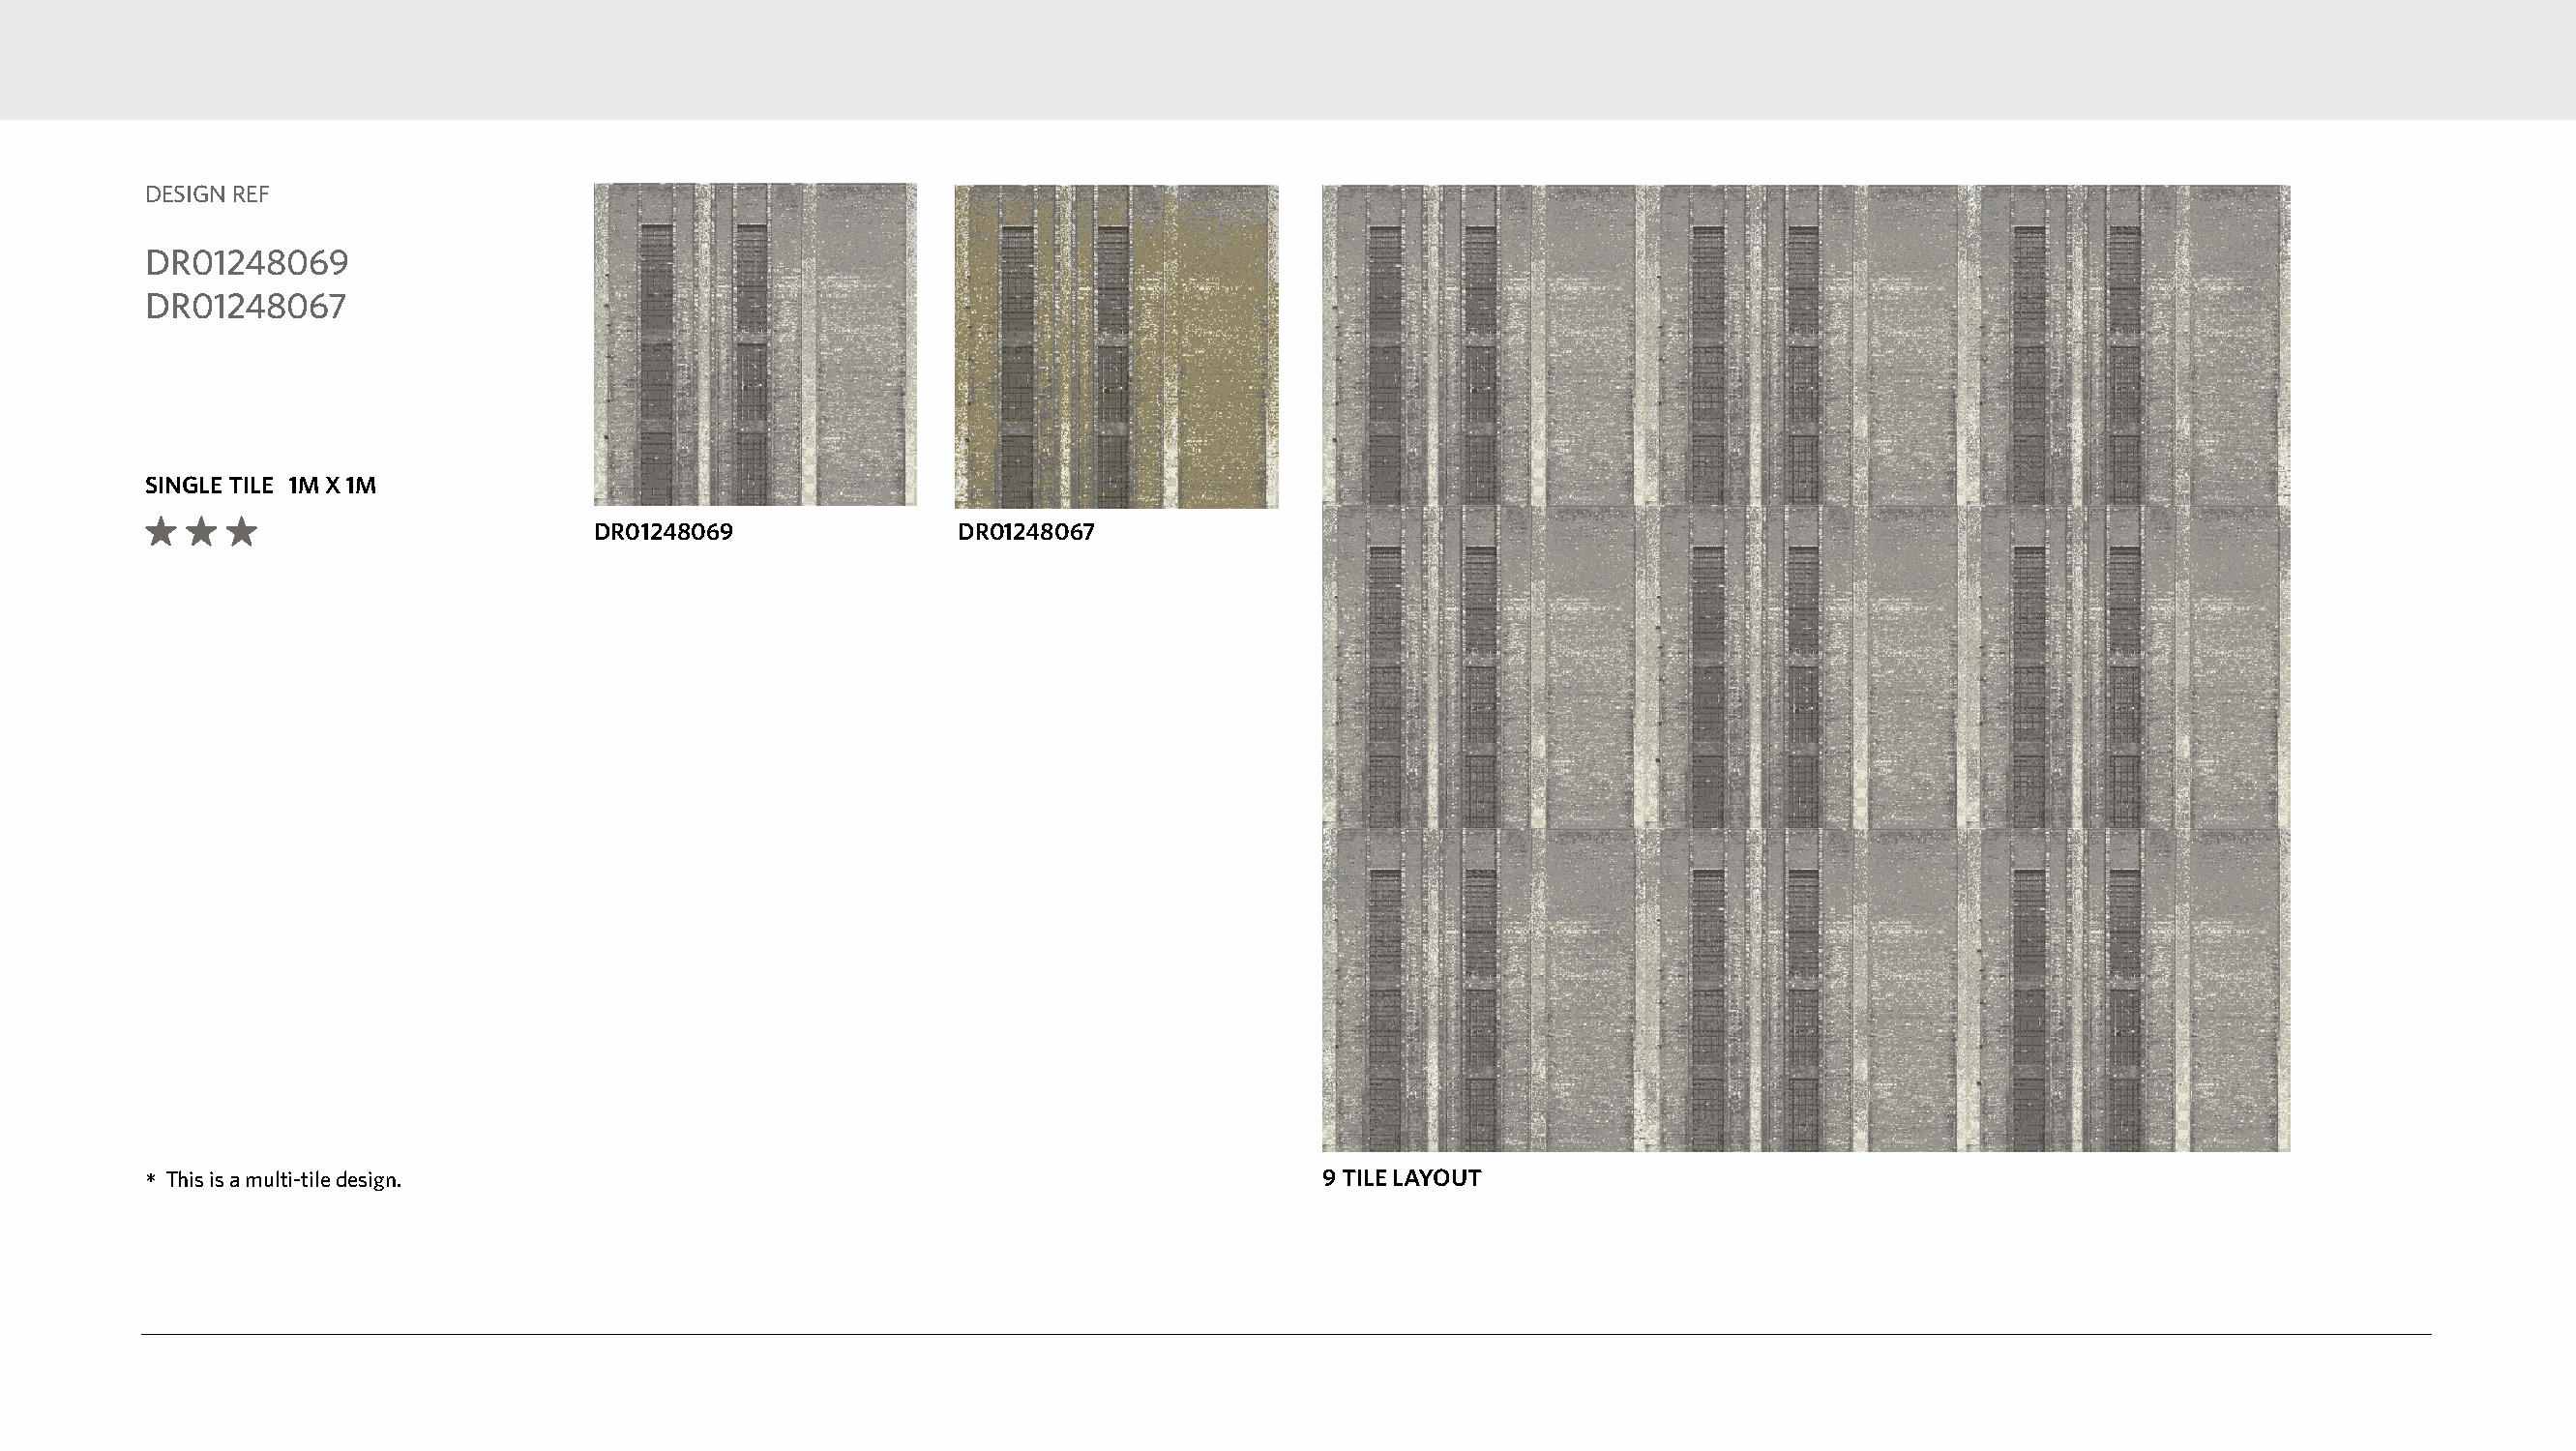
DESIGN REF
 DR01248069
 DR01248067
 SINGLE TILE 1M X 1M
 DR01248069               DR01248067
 *This is a multi-tile design.                                                    9 TILE LAYOUT